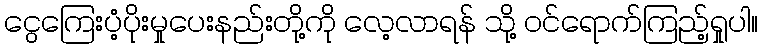
ငွေကြေးပံ့ပိုးမှုပေးနည်းတို့ကို လေ့လာရန် သို့ ဝင်ရောက်ကြည့်ရှုပါ။